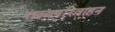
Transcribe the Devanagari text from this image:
राज्यपरिवाहन